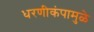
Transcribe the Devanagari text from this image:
धरणीकंपामुळे